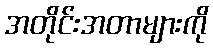
အတိုင်းအတာများကို